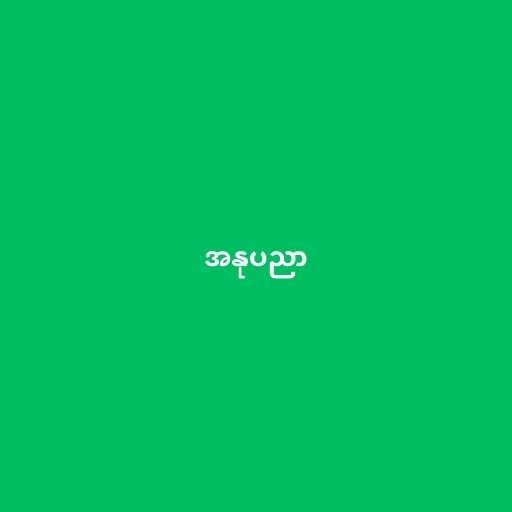
အနုပညာ